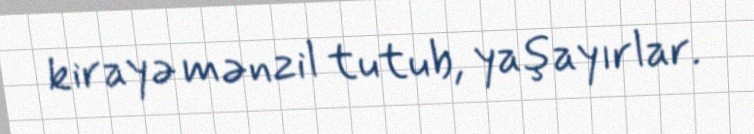
kirayə mənzil tutub, yaşayırlar.